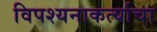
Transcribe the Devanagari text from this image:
विपश्यनाकर्त्याचा